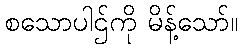
စသောပါဌ်ကို မိန့်သော်။